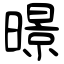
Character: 暻